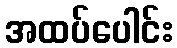
အထပ်ပေါင်း